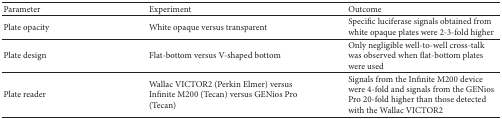
| Parameter | Experiment | Outcome |
 | --- | --- | --- |
 | Plate opacity | White opaque versus transparent | Specific luciferase signals obtained from white opaque plates were 2-3-fold higher |
 | Plate design | Flat-bottom versus V-shaped bottom | Only negligible well-to-well cross-talk was observed when flat-bottom plates were used |
 | Plate reader | Wallac VICTOR2 (Perkin Elmer) versus Infinite M200 (Tecan) versus GENios Pro (Tecan) | Signals from the Infinite M200 device were 4-fold and signals from the GENios Pro 20-fold higher than those detected with the Wallac VICTOR2 |